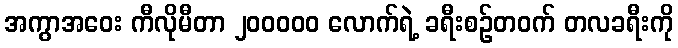
အကွာအဝေး ကီလိုမီတာ ၂၀၀၀၀၀ လောက်ရဲ့ ခရီးစဉ်တဝက် တလခရီးကို